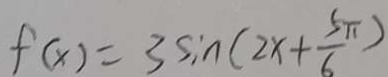
f ( x ) = 3 \sin ( 2 x + \frac { 5 \pi } { 6 } )